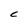
Character: C